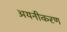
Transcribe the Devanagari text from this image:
अयनीकरण